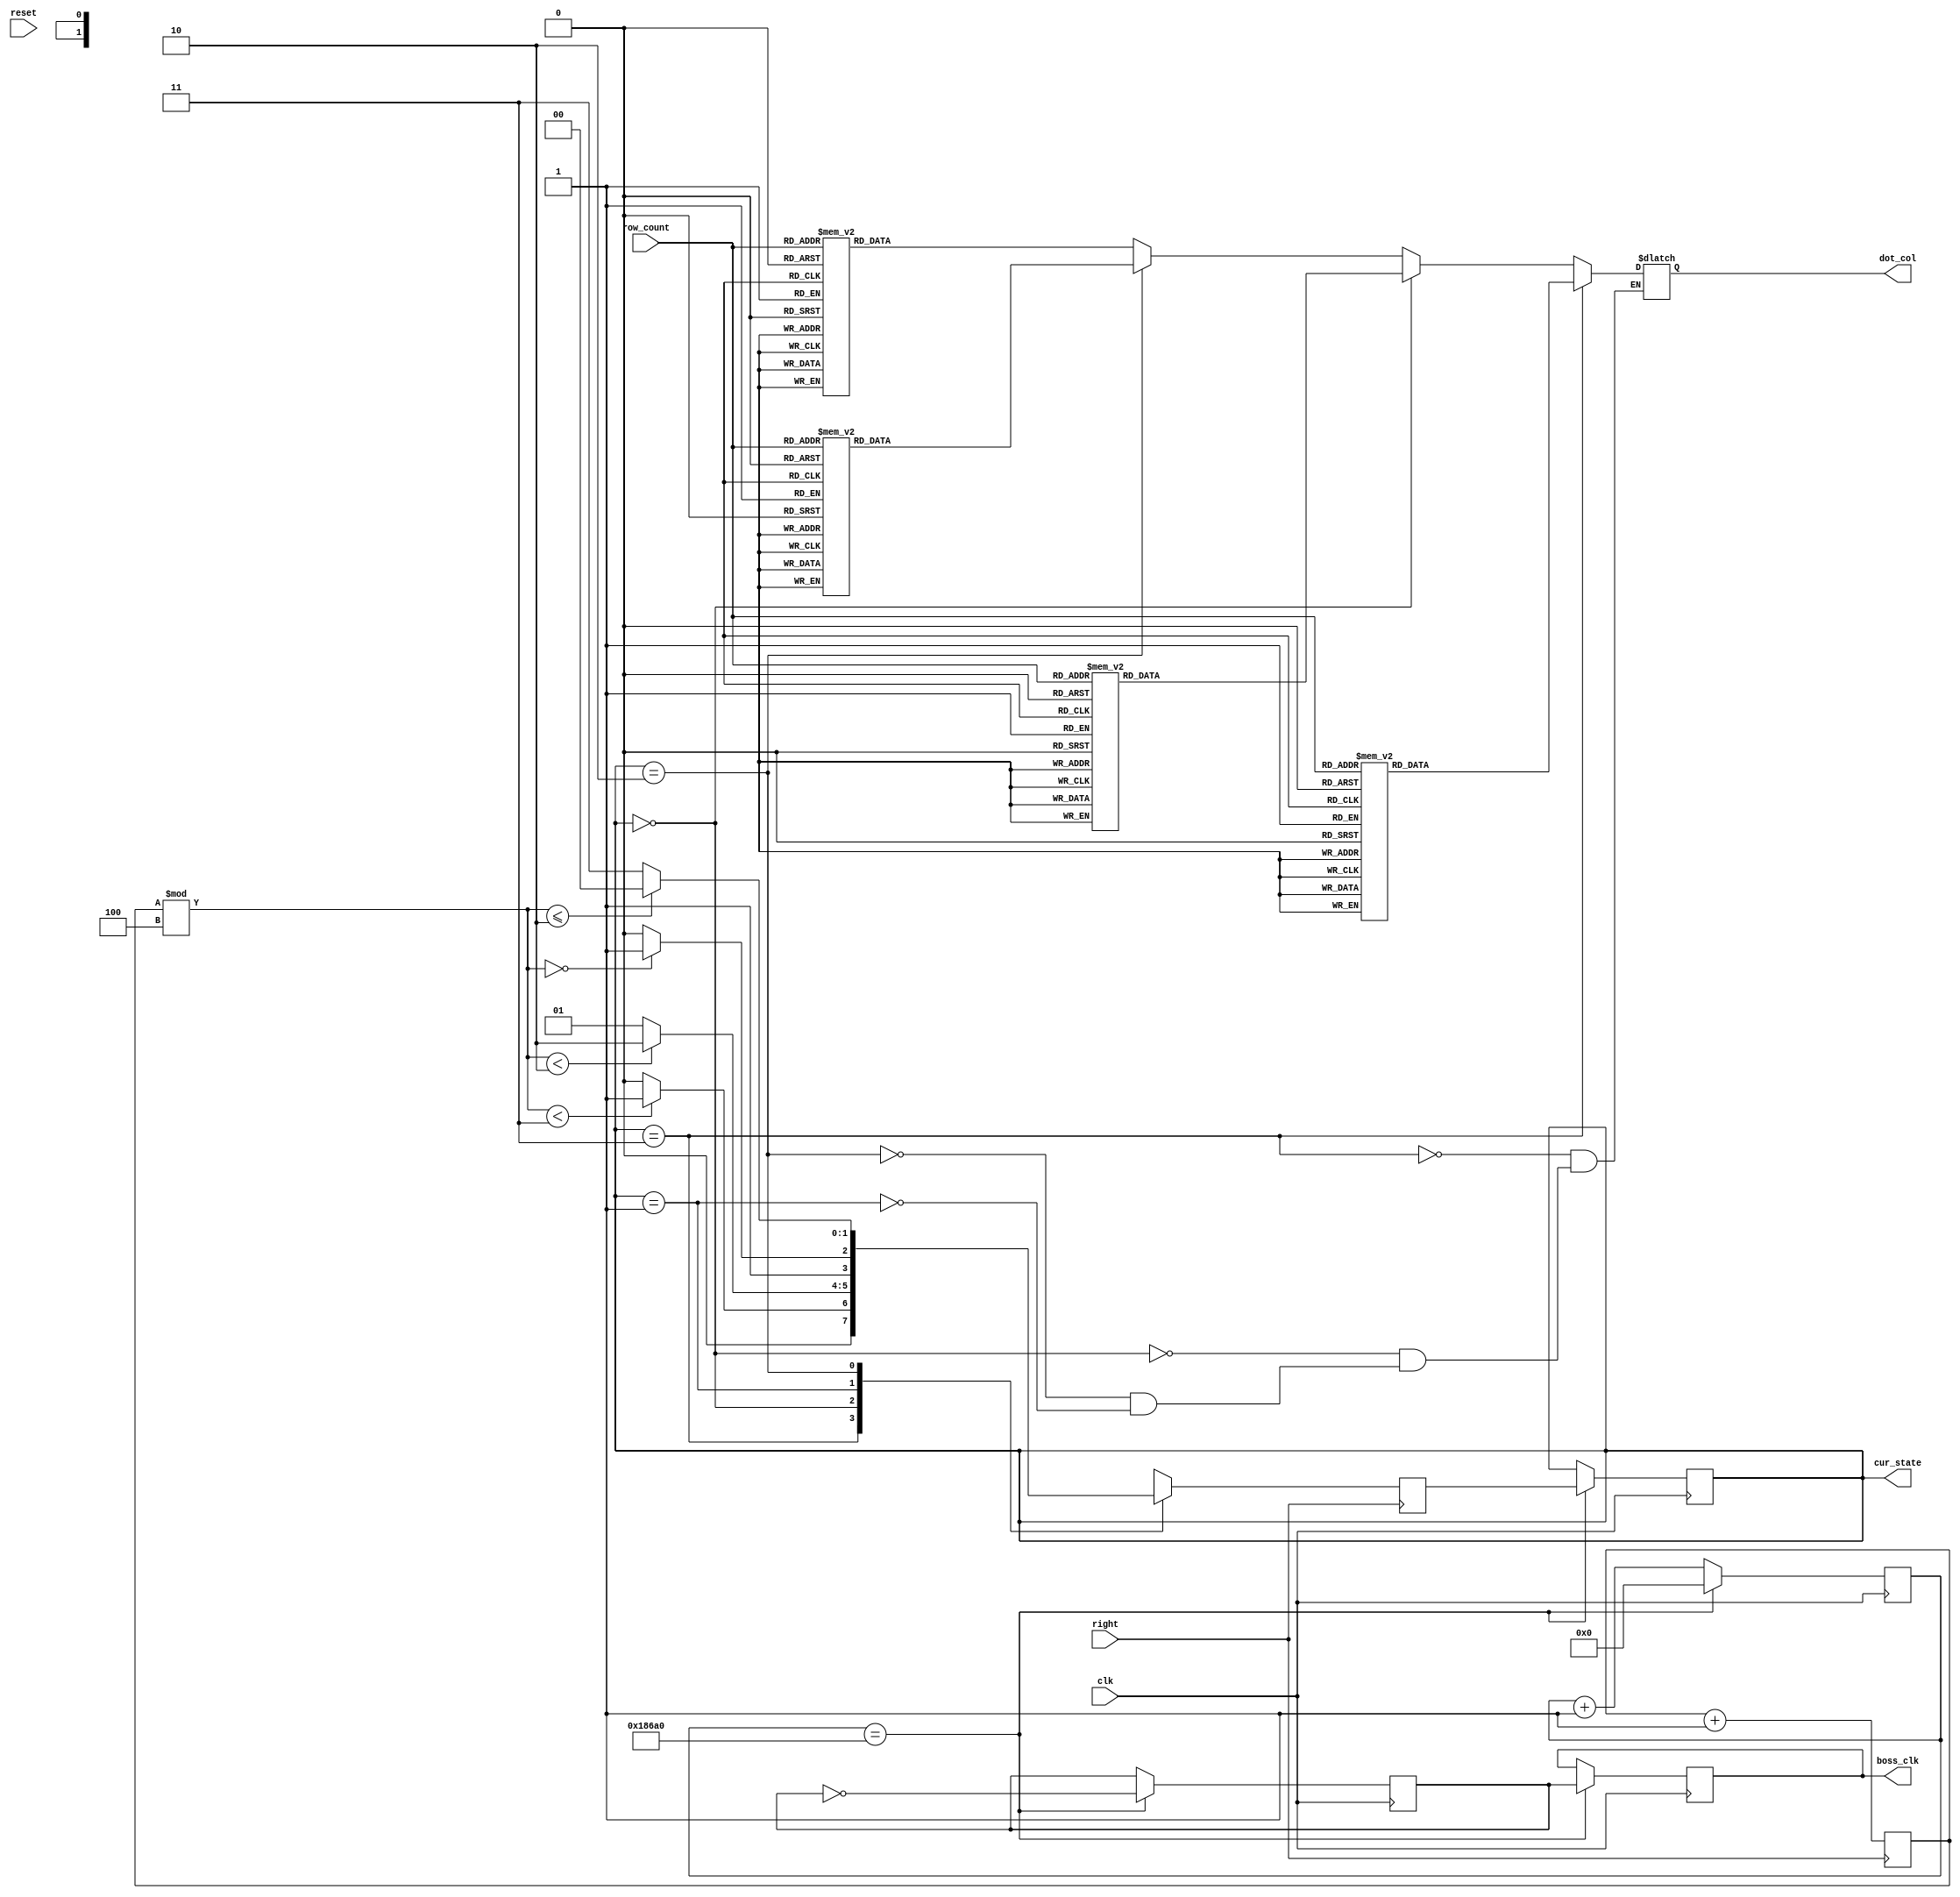
module boss(clk,right,row_count,dot_col, cur_state, reset, boss_clk/*,scoreout, score10out*/);
    input clk;
    input right; //when player do same action as boss
	 input [2:0] row_count;
    output reg[7:0] dot_col=0;
	 output reg boss_clk;
	 input reset;
	//output [6:0] scoreout, score10out;


	reg clk_div;
	wire start, finish;

	//wire [3:0]  score_p, score10_p;
	
	
	
	 
	 parameter [1:0] UP = 2'b11;  //
    parameter [1:0] DOWN = 2'b00; //
    parameter [1:0] LEFTUP = 2'b10; //
    parameter [1:0] RIGHTUP = 2'b01;   //
	 
    reg [31:0] clk_count=0;
	 output reg[1:0] cur_state=RIGHTUP;
    reg [1:0] next_state=RIGHTUP;
    
    reg[31:0] rightcount=0;
    
/*
   score u_Score(.reset(reset), .score(score_p), .score10(score10_p), .right(right), .clock(clk));
	//seven_p u_Seven(.count(count), .out(out));
	//seven_p u_Seven2(.count(count10), .out(out10));
	seven_p u_Seven3(.count(score_p), .out(scoreout));
	seven_p u_Seven4(.count(score10_p), .out(score10out));
*/
	 
	
	
// frequncy done yet    
    always@(posedge clk ) 
        begin

        if (clk_count == 100000)
            begin 
                clk_count<=32'd0;
                clk_div <= ~clk_div;
					 boss_clk <= clk_div;
					 cur_state <= next_state;
            end
        else
        begin 
            clk_count <= clk_count + 32'd1;
        end
    end
	
	
//state machine done yet, have to check how to use random		
	always@(posedge right)
	begin
		rightcount <= rightcount + 32'd1;

        case (cur_state)
            UP : begin
                if ( rightcount%4 < 3 )
                    next_state = RIGHTUP;
					 else
                    next_state = DOWN;
            end
				
            DOWN : begin
                if ( rightcount%4 < 2)
                    next_state = LEFTUP;
					 else 
						  next_state = RIGHTUP;
				end
            
				RIGHTUP : begin
                if ( rightcount%4 == 0)
					     next_state = UP;
					 else
						  next_state = LEFTUP;
			   end
				
				LEFTUP : begin
                if ( rightcount%4 <= 2  )
					     next_state = DOWN;
					 else begin
                    next_state = UP;
            end
		  end
        endcase
		  
		  
		  
	end
	
	
// behavior done
	 always@ (row_count) begin
			if ( cur_state == UP) begin
            case (row_count)
               3'd0: dot_col <= 8'b00000000;
               3'd1: dot_col <= 8'b10011001;
               3'd2: dot_col <= 8'b10011001;
               3'd3: dot_col <= 8'b11111111;
               3'd4: dot_col <= 8'b00011000;
               3'd5: dot_col <= 8'b00111100;
               3'd6: dot_col <= 8'b00100100;
               3'd7: dot_col <= 8'b00100100;
            endcase			 
			end
         else if (cur_state == DOWN) begin
            case (row_count)
               3'd0: dot_col <= 8'b00000000;
               3'd1: dot_col <= 8'b00011000;
               3'd2: dot_col <= 8'b00011000;
               3'd3: dot_col <= 8'b11111111;
               3'd4: dot_col <= 8'b10011001;
               3'd5: dot_col <= 8'b10111101;
               3'd6: dot_col <= 8'b00100100;
               3'd7: dot_col <= 8'b00100100;
            endcase
         end
         else if (cur_state == LEFTUP) begin
            case (row_count)
					3'd0: dot_col <= 8'b00000000;
               3'd1: dot_col <= 8'b10011000;
               3'd2: dot_col <= 8'b10011000;
               3'd3: dot_col <= 8'b11111111;
               3'd4: dot_col <= 8'b00011001;
               3'd5: dot_col <= 8'b00111101;
               3'd6: dot_col <= 8'b00100100;
               3'd7: dot_col <= 8'b00100100;
            endcase
         end
         else if (cur_state == RIGHTUP) begin
            case (row_count)
               3'd0: dot_col <= 8'b00000000;
               3'd1: dot_col <= 8'b00011001;
               3'd2: dot_col <= 8'b00011001;
               3'd3: dot_col <= 8'b11111111;
               3'd4: dot_col <= 8'b10011000;
               3'd5: dot_col <= 8'b10111100;
               3'd6: dot_col <= 8'b00100100;
               3'd7: dot_col <= 8'b00100100;
            endcase
         end
	end
endmodule


module seven_p (count, out);
	input[3:0] count;
	output reg [6:0] out;

	always@(*)
	begin
	case(count)
		0: out = 7'b1000000;
		1: out = 7'b1111001;
		2: out = 7'b0100100;
		3: out = 7'b0110000;
		4: out = 7'b0011001;
		5: out = 7'b0010010;
		6: out = 7'b0000010;
		7: out = 7'b1111000;
		8: out = 7'b0000000;
		9: out = 7'b0010000;
		default: out = 7'b000000;
	endcase
end

endmodule